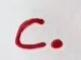
c.